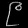
Digit: ၉